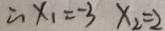
\therefore x _ { 1 } = - 3 x _ { 2 } = 2